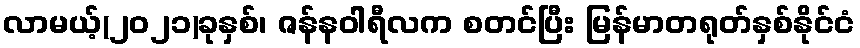
လာမယ့်(၂၀၂၁)ခုနှစ်၊ ဇန်နဝါရီလက စတင်ပြီး မြန်မာတရုတ်နှစ်နိုင်ငံ